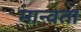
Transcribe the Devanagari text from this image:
मान्वता